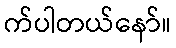
က်ပါတယ်နော်။